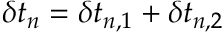
\delta t _ { n } = \delta t _ { n , 1 } + \delta t _ { n , 2 }